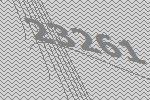
23261